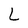
Character: L